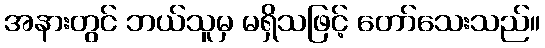
အနားတွင် ဘယ်သူမှ မရှိသဖြင့် တော်သေးသည်။